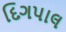
દિગપાલ